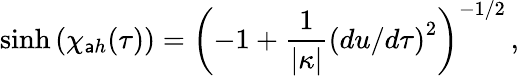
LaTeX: \sinh{(\chi_{\mathsf{a}h}(\tau))}=\left(-1+{\frac{{1}}{{\vert\kappa\vert}}}\left(du/d\tau\right)^{2}\right)^{-1/2}\, ,